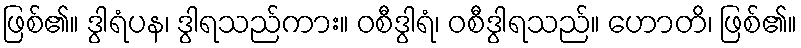
ဖြစ်၏။ ဒွါရံပန၊ ဒွါရသည်ကား။ ဝစီဒွါရံ၊ ဝစီဒွါရသည်။ ဟောတိ၊ ဖြစ်၏။